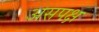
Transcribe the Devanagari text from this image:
असपक्ष